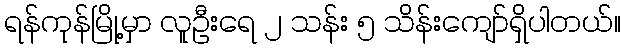
ရန်ကုန်မြို့မှာ လူဦးရေ ၂ သန်း ၅ သိန်းကျော်ရှိပါတယ်။